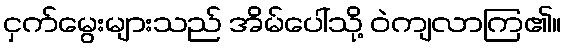
ငှက်မွေးများသည် အိမ်ပေါ်သို့ ဝဲကျလာကြ၏။